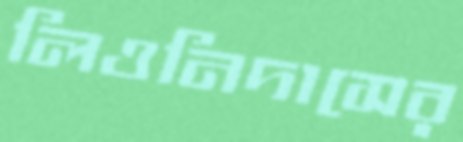
লিওনিদাসের